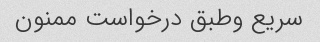
سریع وطبق درخواست ممنون